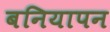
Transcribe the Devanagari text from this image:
बनियापन